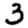
Digit: 3